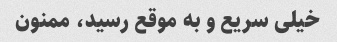
خیلی سریع و به موقع رسید، ممنون